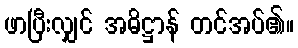
ဖာပြီးလျှင် အဓိဋ္ဌာန် တင်အပ်၏။